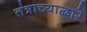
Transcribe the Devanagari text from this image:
तंत्राच्याद्वारे